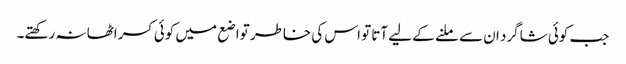
جب کوئی شاگرد ان سے ملنے کے لیے آتا تو اس کی خاطر تواضع میں کوئی کسر اٹھا نہ رکھتے۔